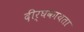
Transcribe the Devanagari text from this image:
दीर्घकायता